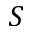
S